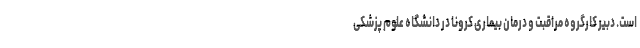
است. دبیر کارگروه مراقبت و درمان بیماری کرونا در دانشگاه علوم پزشکی